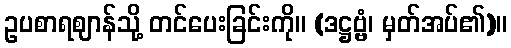
ဥပစာရဈာန်သို့ တင်ပေးခြင်းကို။ (ဒဋ္ဌဗ္ဗံ၊ မှတ်အပ်၏)။